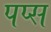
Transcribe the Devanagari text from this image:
पप्स